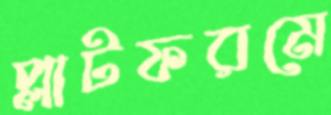
প্লাটফরমে